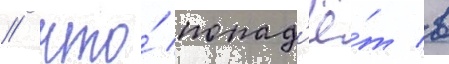
/ что́ попад'ё́т в